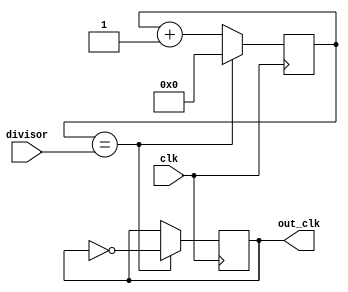
module RippleCounterClockDivider (
    input wire clk,
    input wire [3:0] divisor,
    output reg out_clk
);

reg [3:0] count;

always @(posedge clk) begin
    if (count == divisor) begin
        count <= 0;
        out_clk <= ~out_clk;
    end else begin
        count <= count + 1;
    end
end

endmodule